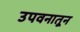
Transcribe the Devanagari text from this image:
उपवनातून